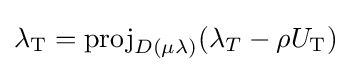
\lambda _{\rm {T}}={\rm {proj}}_{D(\mu \lambda )}(\lambda _{T}-\rho U_{\rm {T}})